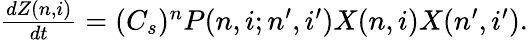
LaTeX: \begin{array}{r}{\frac{dZ(n,i)}{dt}=(C_{s})^{n}P(n,i;n^{\prime},i^{\prime})X(n,i)X(n^{\prime},i^{\prime}).}\end{array}